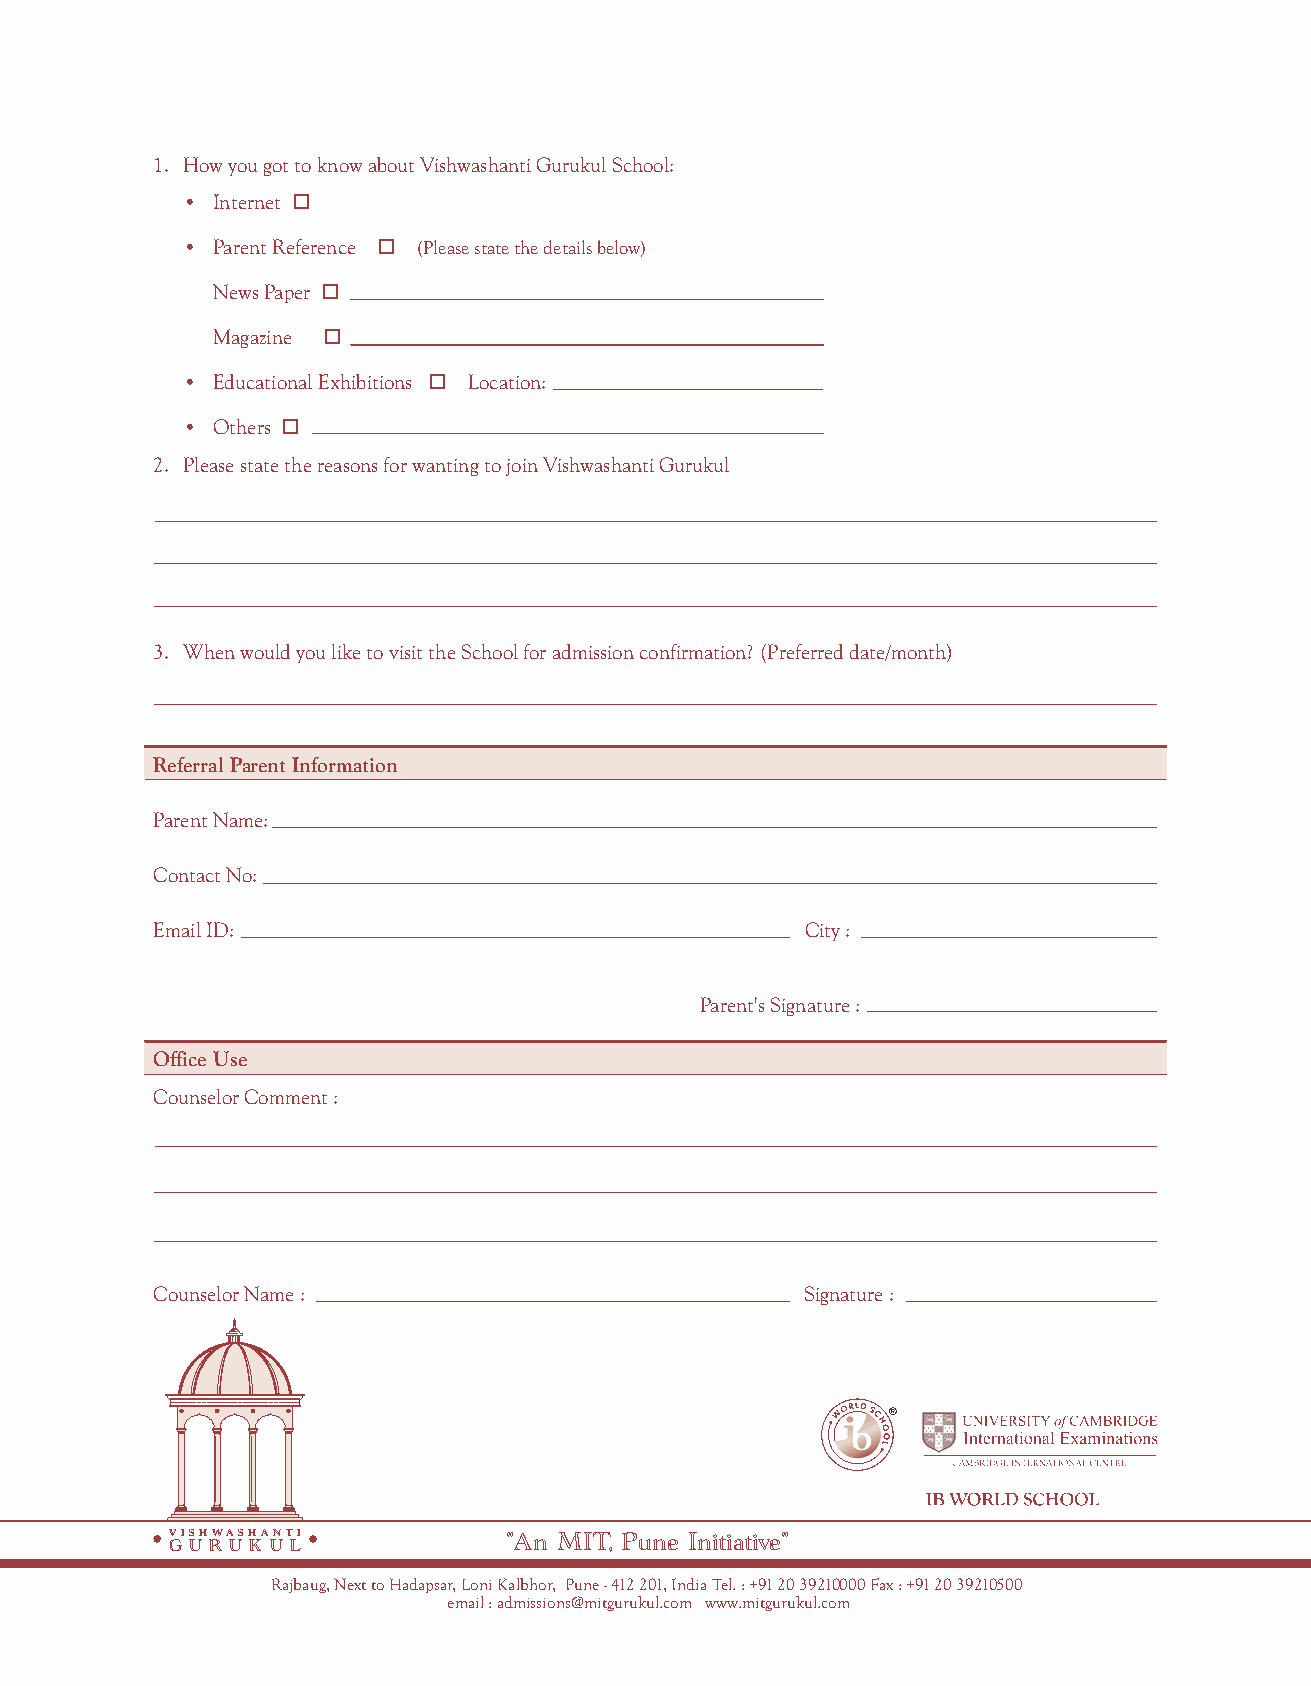
1. How you got to know about Vishwashanti Gurukul School:
 • Internet o
 • Parent Reference o (Please state the details below)
 News Paper o
 Magazine o
 • Educational Exhibitions o Location:
 • Others o
 2. Please state the reasons for wanting to join Vishwashanti Gurukul
 3. When would you like to visit the School for admission confirmation? (Preferred date/month)
 Referral Parent Information
 Parent Name:
 Contact No:
 Email ID:                                  City :
 Parent's Signature :
 Office Use
 Counselor Comment :
 Counselor Name :                           Signature :
 VISHWASHANTI
 G U R U K U L         "An MIT, Pune Initiative"
 Rajbaug, Next to Hadapsar, Loni Kalbhor, Pune - 412 201, India Tel. : +91 20 39210000 Fax : +91 20 39210500
 email : admissions@mitgurukul.com www.mitgurukul.com